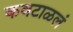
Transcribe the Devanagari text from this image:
कवटाळलं